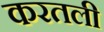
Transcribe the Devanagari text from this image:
करतली